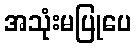
အသုံးမပြုပေ